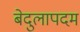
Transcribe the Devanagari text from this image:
बेदुलापदम